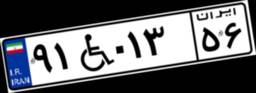
۹۱W۰۱۳۵۶